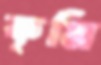
কৃমি